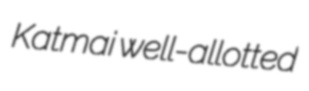
Katmai well-allotted